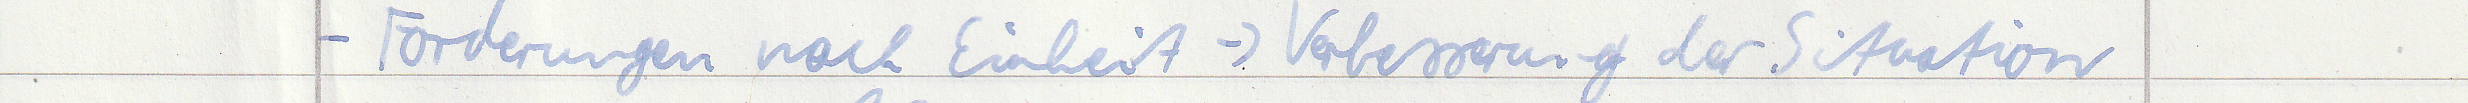
- Forderungen nach Einheit -> Verbesserung der Situation